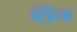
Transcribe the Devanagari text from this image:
बेफ्रिक